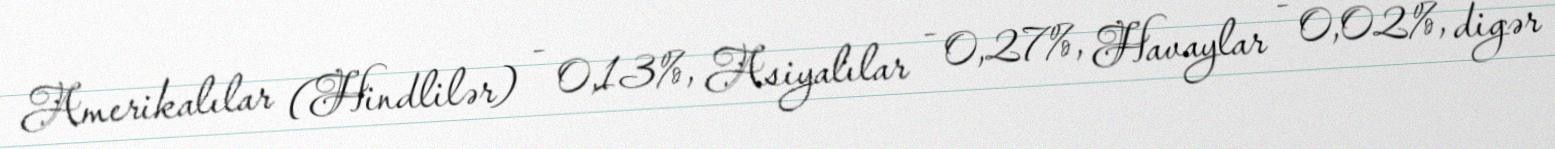
Amerikalılar (Hindlilər) - 0,13%, Asiyalılar - 0,27%, Havaylar - 0,02%, digər